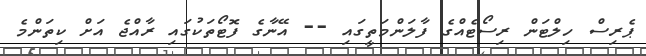
ޕެރިސް ހިލްޓަން ރިސޯޓެއްގެ ފާލަންމަތީގައި -- އޭނާގެ ފޮޓޯތަކުގައި ރާއްޖެ އަށް ކިތަންމެ